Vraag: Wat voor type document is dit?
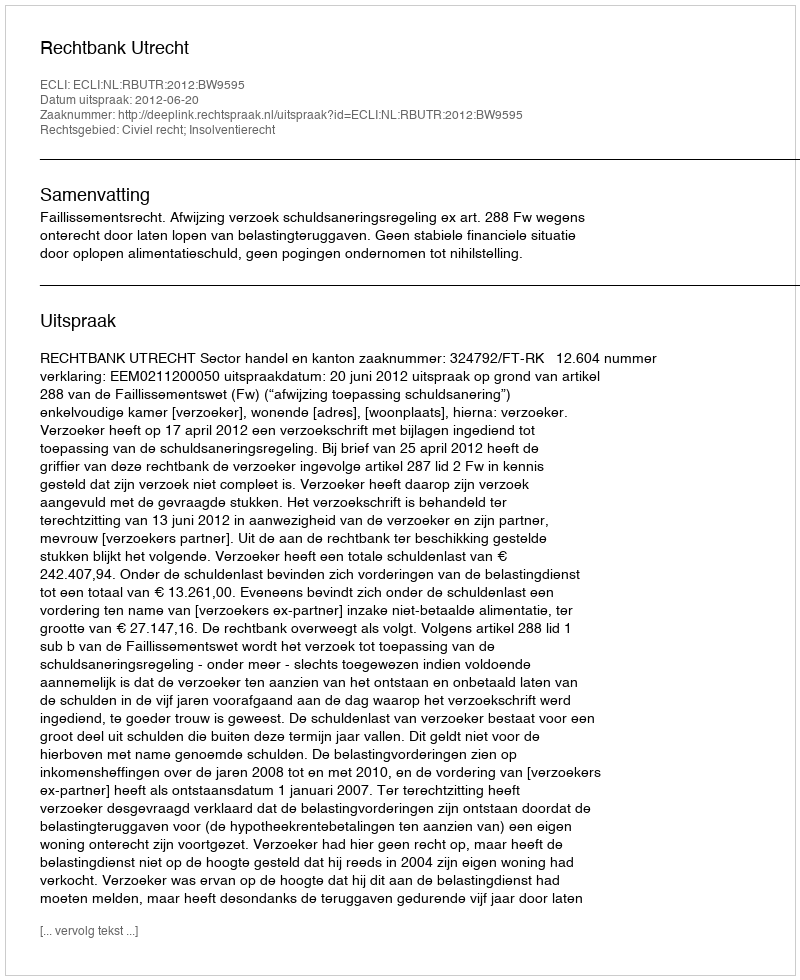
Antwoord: Uitspraak